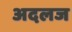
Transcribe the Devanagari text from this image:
अदलज